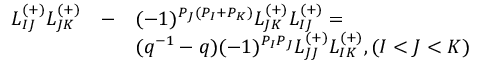
\begin{array} { l l l } { { L _ { I J } ^ { ( + ) } L _ { J K } ^ { ( + ) } } } & { { - } } & { { ( - 1 ) ^ { P _ { J } ( P _ { I } + P _ { K } ) } L _ { J K } ^ { ( + ) } L _ { I J } ^ { ( + ) } = } } \\ { { } } & { { } } & { { ( q ^ { - 1 } - q ) ( - 1 ) ^ { P _ { I } P _ { J } } L _ { J J } ^ { ( + ) } L _ { I K } ^ { ( + ) } , ( I < J < K ) } } \end{array}